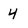
Character: 4